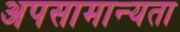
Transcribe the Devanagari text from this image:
अपसामान्यता